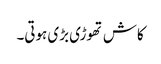
کاش تھوڑی بڑی ہوتی۔